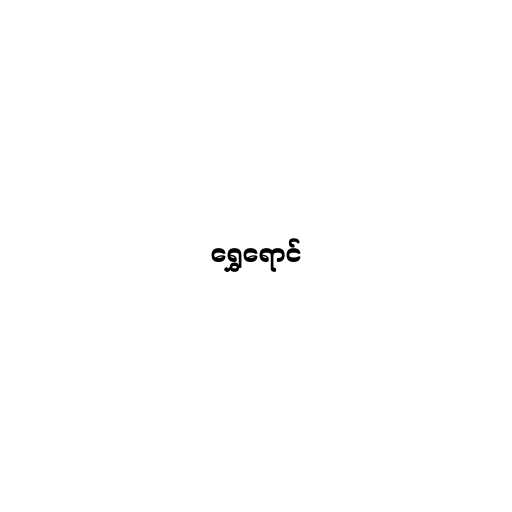
ရွှေရောင်